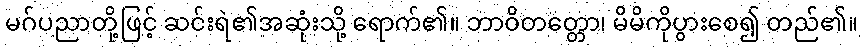
မဂ်ပညာတို့ဖြင့် ဆင်းရဲ၏အဆုံးသို့ ရောက်၏။ ဘာဝိတတ္တော၊ မိမိကိုပွားစေ၍ တည်၏။